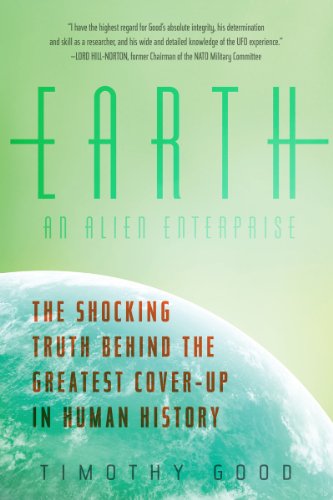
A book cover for Earth: An Alien Enterprise: The Shocking Truth Behind the Greatest Cover-Up in Human History; Timothy Good; Science & Math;